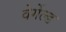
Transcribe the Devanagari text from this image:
वेर्गेल्ड